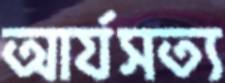
আর্যসত্য